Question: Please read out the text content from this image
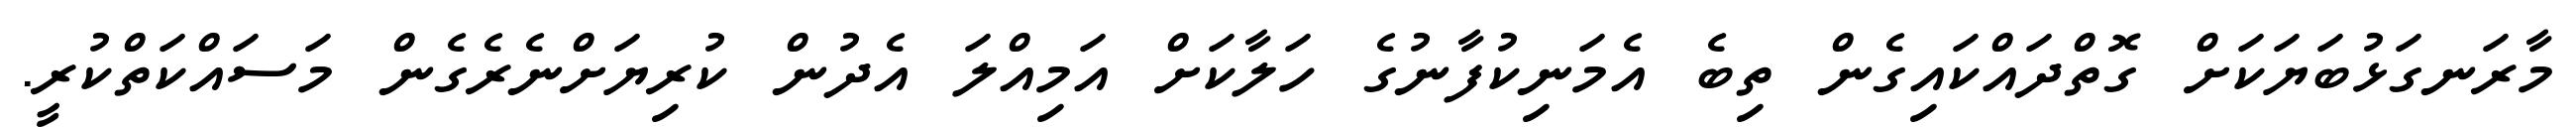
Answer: މާރަނގަޅުބަޔަކަށް ގޮތްދައްކައިގެން ތިބެ އެމަނިކުފާނުގެ ހަލާކަށް އަމިއްލަ އެދުން ކުރިޔަށްނެރެގެން މަސައްކަތްކުރީ.